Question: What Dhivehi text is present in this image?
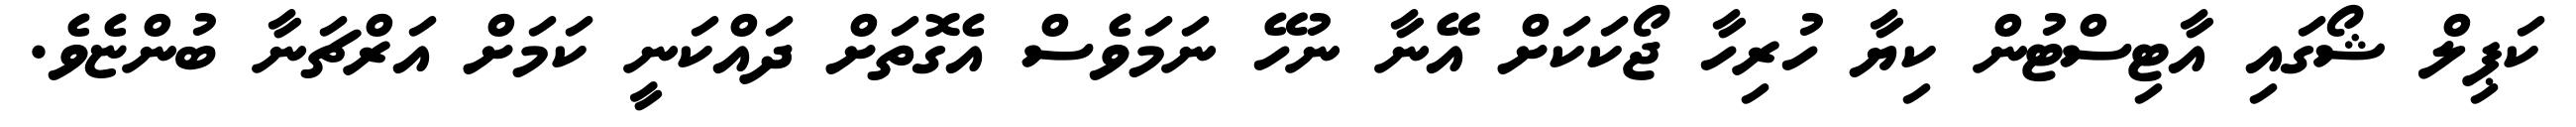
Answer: ކަޕިލް ޝޯގައި އާޓިސްޓުން ކިޔާ ހުރިހާ ޖޯކަކަށް އޭނާ ނުހޭ ނަމަވެސް އެގޮތަށް ދައްކަނީ ކަމަށް އަރްޗަނާ ބުންޏެވެ.